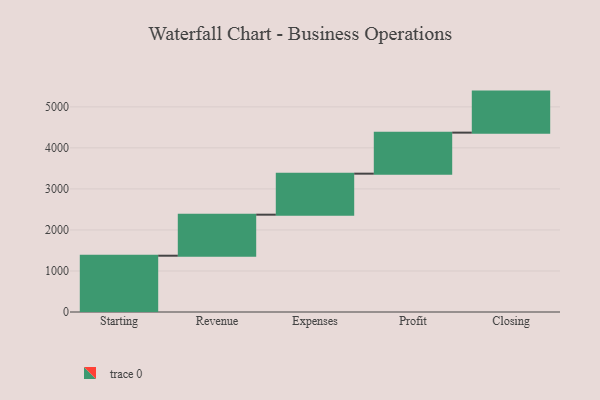
{"axis": {"x": "Step", "y": "Value"}, "legend": [""], "data": [{"x": "Starting", "y": 1372.0, "type": ""}, {"x": "Revenue", "y": 1000, "type": ""}, {"x": "Expenses", "y": 1000, "type": ""}, {"x": "Profit", "y": 1000, "type": ""}, {"x": "Closing", "y": 1000, "type": ""}]}